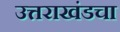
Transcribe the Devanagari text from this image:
उत्तराखंडचा